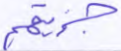
جزيتهم